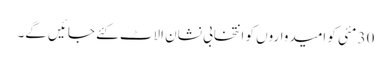
30 مئی کو امیدواروں کو انتخابی نشان الاٹ کئے جائیں گے۔